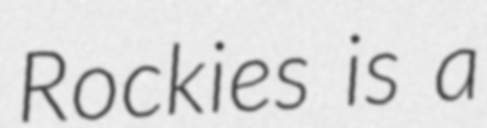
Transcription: Rockies is a